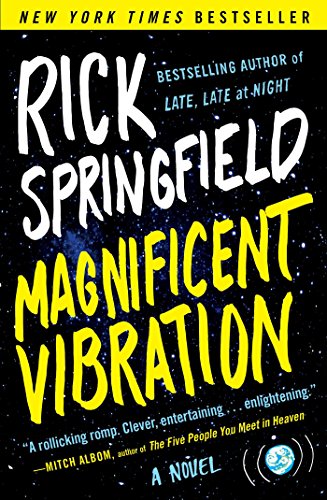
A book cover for Magnificent Vibration: A Novel; Rick Springfield; Science Fiction & Fantasy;